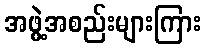
အဖွဲ့အစည်းများကြား